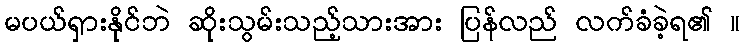
မပယ်ရှားနိုင်ဘဲ ဆိုးသွမ်းသည့်သားအား ပြန်လည် လက်ခံခဲ့ရ၏ ။